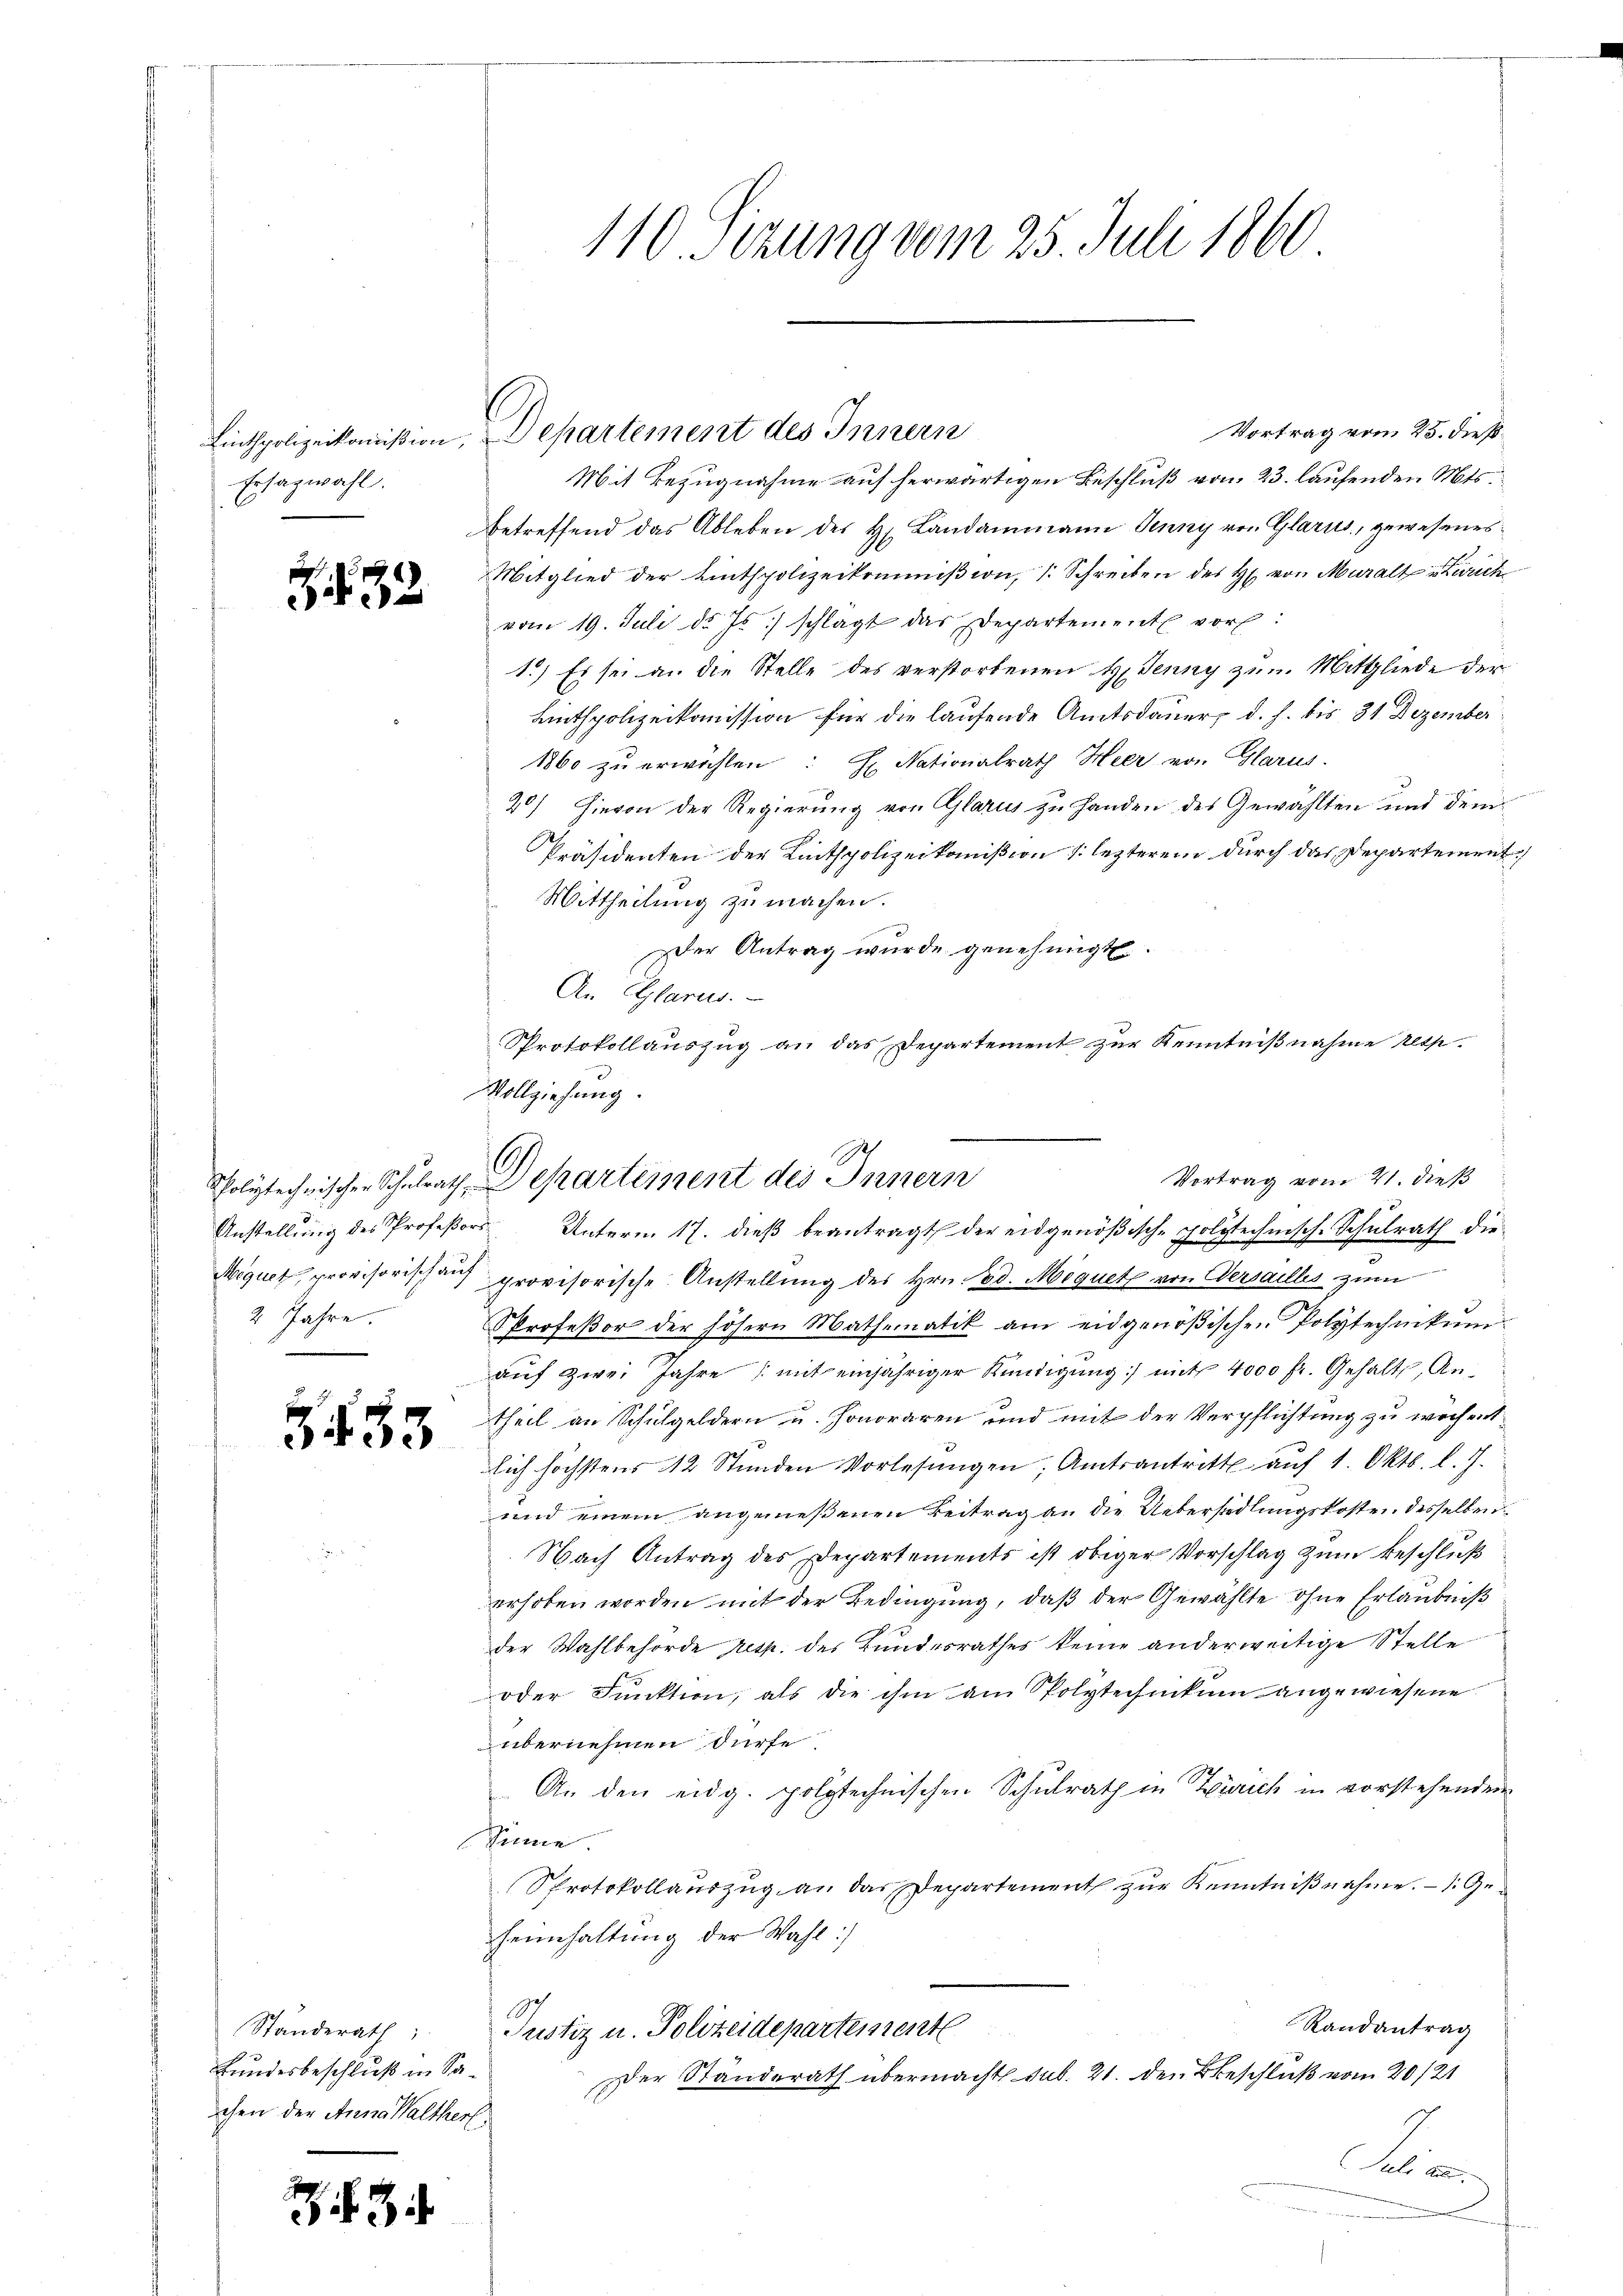
Ersazwahl.

32

2 Jahre.

433

Ständerath;
Bundesbeschluß in Sachen der Anna Waltherf

3

Vortrag vom 25. dieß¬
Mit Bezugnahme auf herwärtigen Beschluß vom 23. laufenden Mts.
betreffend das Ableben des Hr. Landammann Jenny von Glarus, gewesenes
Mitglied der Einthpolizeikommißion, 1. Schreiben des H. von Muralt Zürich
vom 19. Juli d. Js.) schlagt das Departement vor:
1.) Es sei an die Stelle des verstorbenen H. Jenny zum Mitgliede der
Lutspolizeikommission für die laufende Amtsdauer, d. h. bis 31 Dezember
1860 zu erwählen: H. Nationalrath Heer von Glarus.
20) Hievon der Regierung von Glarus zu Handen des Gewählten und dem
Präsidenten der Linthpolizeikommißion lezterem durch das Departement
Mittheilung zu machen.
er Antrag wurde genehmigt.
An Glarus.
Protokollauszug an das Departement zur Kenntnißnahme resp.
Vollziehung.

6

Anstellŭng des Profeßors Unterm 17. dieβ beantragt der eidgenößisch-polytechnisch-Schŭlrath die
Mequet, provisorisch auf provisorische Anstellung des Hrn. Ed. Mequet von Versalles zum
PProfeßor der höhern Mathematik am eidgenößischen Polytechnikŭm
auf zwei Jahre (mit einjähriger Kündigung mit 4000 Fr. Gehalts, Antheil an Schulgeldern u. Honoraren und mit der Verpflichtung zu wochent
lich höchstens 12 Stunden Vorlesungen, Amtsantritt auf 1. Oktb. l. 7.
und einem angemeßenen Beitrag an die Uebersiedlungskosten desselben
Nach Antrag des Departements ist obiger Vorschlag zum Beschluß
erhoben worden mit der Bedingung, daß der Gewählte ohne Erlaubniß
der Wahlbehörde resp. des Bundesrathes keine anderweitige Stelle
oder Funktion, als die ihm am Polytechnikum angewiesene
übernehmen dürfe.
An den eidg. polytechnischen Schulrath in Zürich in vorstehenden
Sinne.
Sprotokollauszug an das Departement zur Kenntnißnahme. — 1. Geheimhaltung der Wahl :/
Randantrag
Justiz u. Polizeidepartement
Der Standerath übermacht. sub. 21. den Beschluß vom 20/21
1
Seele Aus
n

110. Sitzung vom 25. Juli 1860

Linthpolizeikommißion, Departement des Innern

Vortrag vom 21. dieß
Polytechnischen Schulrath, Departement des Innern